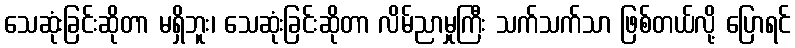
သေဆုံးခြင်းဆိုတာ မရှိဘူး၊ သေဆုံးခြင်းဆိုတာ လိမ်ညာမှုကြီး သက်သက်သာ ဖြစ်တယ်လို့ ပြောရင်